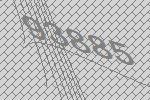
93885